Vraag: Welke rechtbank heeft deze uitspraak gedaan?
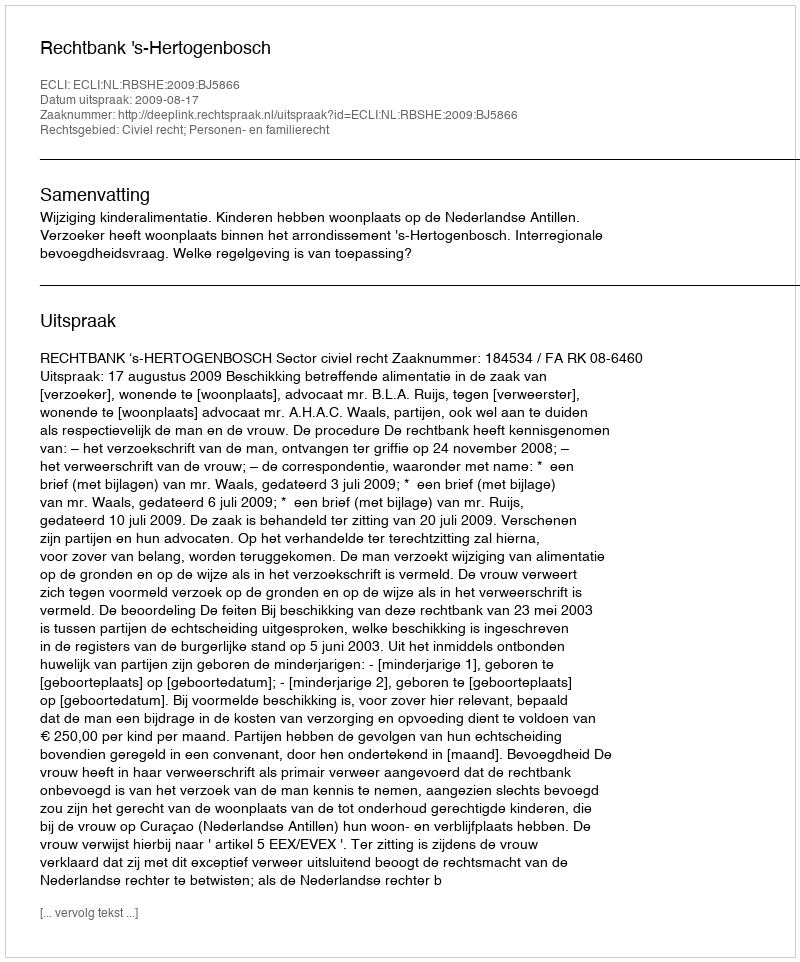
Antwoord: Rechtbank 's-Hertogenbosch